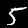
Label: 5